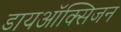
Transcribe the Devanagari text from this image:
डायऑक्सिजन